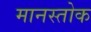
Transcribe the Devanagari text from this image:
मानस्तोक